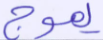
يموج